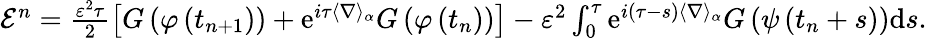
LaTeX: \begin{array}{r}{\mathcal{E}^{n}=\frac{\varepsilon^{2}\tau}{2}\left[G\left(\varphi\left(t_{n+1}\right)\right)+\textrm{e}^{i\tau\langle\nabla\rangle_{\alpha}}G\left(\varphi\left(t_{n}\right)\right)\right]-\varepsilon^{2}\int_{0}^{\tau}\textrm{e}^{i(\tau-s)\langle\nabla\rangle_{\alpha}}G\left(\psi\left(t_{n}+s\right)\right)\textrm{d}s.}\end{array}